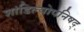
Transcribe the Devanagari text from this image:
शांडिल्योपनिषद्